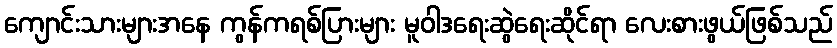
ကျောင်းသားများအနေ ကွန်ကရစ်ပြားများ မူဝါဒရေးဆွဲရေးဆိုင်ရာ လေးစားဖွယ်ဖြစ်သည်